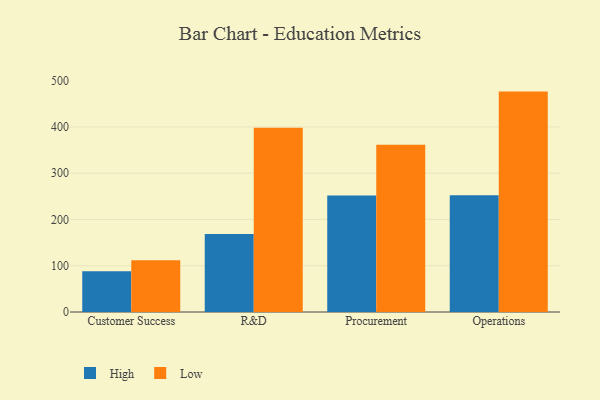
{"axis": {"x": "Department", "y": "Net Income (USD K)"}, "legend": ["High", "Low"], "data": [{"x": "Customer Success", "y": 88.0, "type": "High"}, {"x": "Customer Success", "y": 112.0, "type": "Low"}, {"x": "R&D", "y": 168.5, "type": "High"}, {"x": "R&D", "y": 398.4, "type": "Low"}, {"x": "Procurement", "y": 251.7, "type": "High"}, {"x": "Procurement", "y": 361.4, "type": "Low"}, {"x": "Operations", "y": 252.1, "type": "High"}, {"x": "Operations", "y": 476.3, "type": "Low"}]}